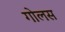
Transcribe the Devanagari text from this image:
गोलस